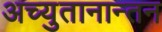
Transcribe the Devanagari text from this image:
अच्युतानान्तन